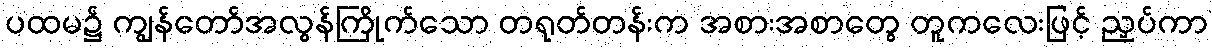
ပထမ၌ ကျွန်တော်အလွန်ကြိုက်သော တရုတ်တန်းက အစားအစာတွေ တူကလေးဖြင့် ညှပ်ကာ